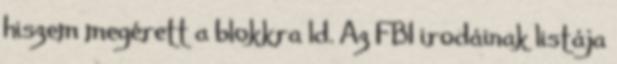
hiszem megérett a blokkra ld. Az FBI irodáinak listája